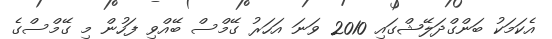
އެކަމަކު ބަންގްދަލޭޝްގައި 2010 ވަނަ އަހަރު ގޭމްސް ބޭއްވި ފަހުން މި ގޭމްސްގެ